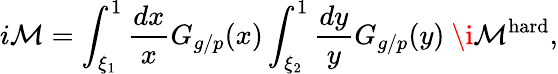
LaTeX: i{\cal M}=\int_{\xi_{1}}^{1}\frac{dx}{x}G_{g/p}(x)\int_{\xi_{2}}^{1}\frac{dy}{y}G_{g/p}(y)\ \i{\cal M}^{\mathrm{hard}},